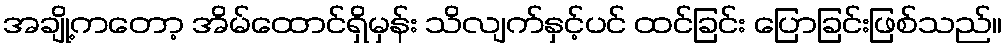
အချို့ကတော့ အိမ်ထောင်ရှိမှန်း သိလျက်နှင့်ပင် ထင်ခြင်း ပြောခြင်းဖြစ်သည်။